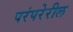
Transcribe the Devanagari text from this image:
परंपरेरील